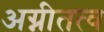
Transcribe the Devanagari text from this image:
अग्नीतत्व